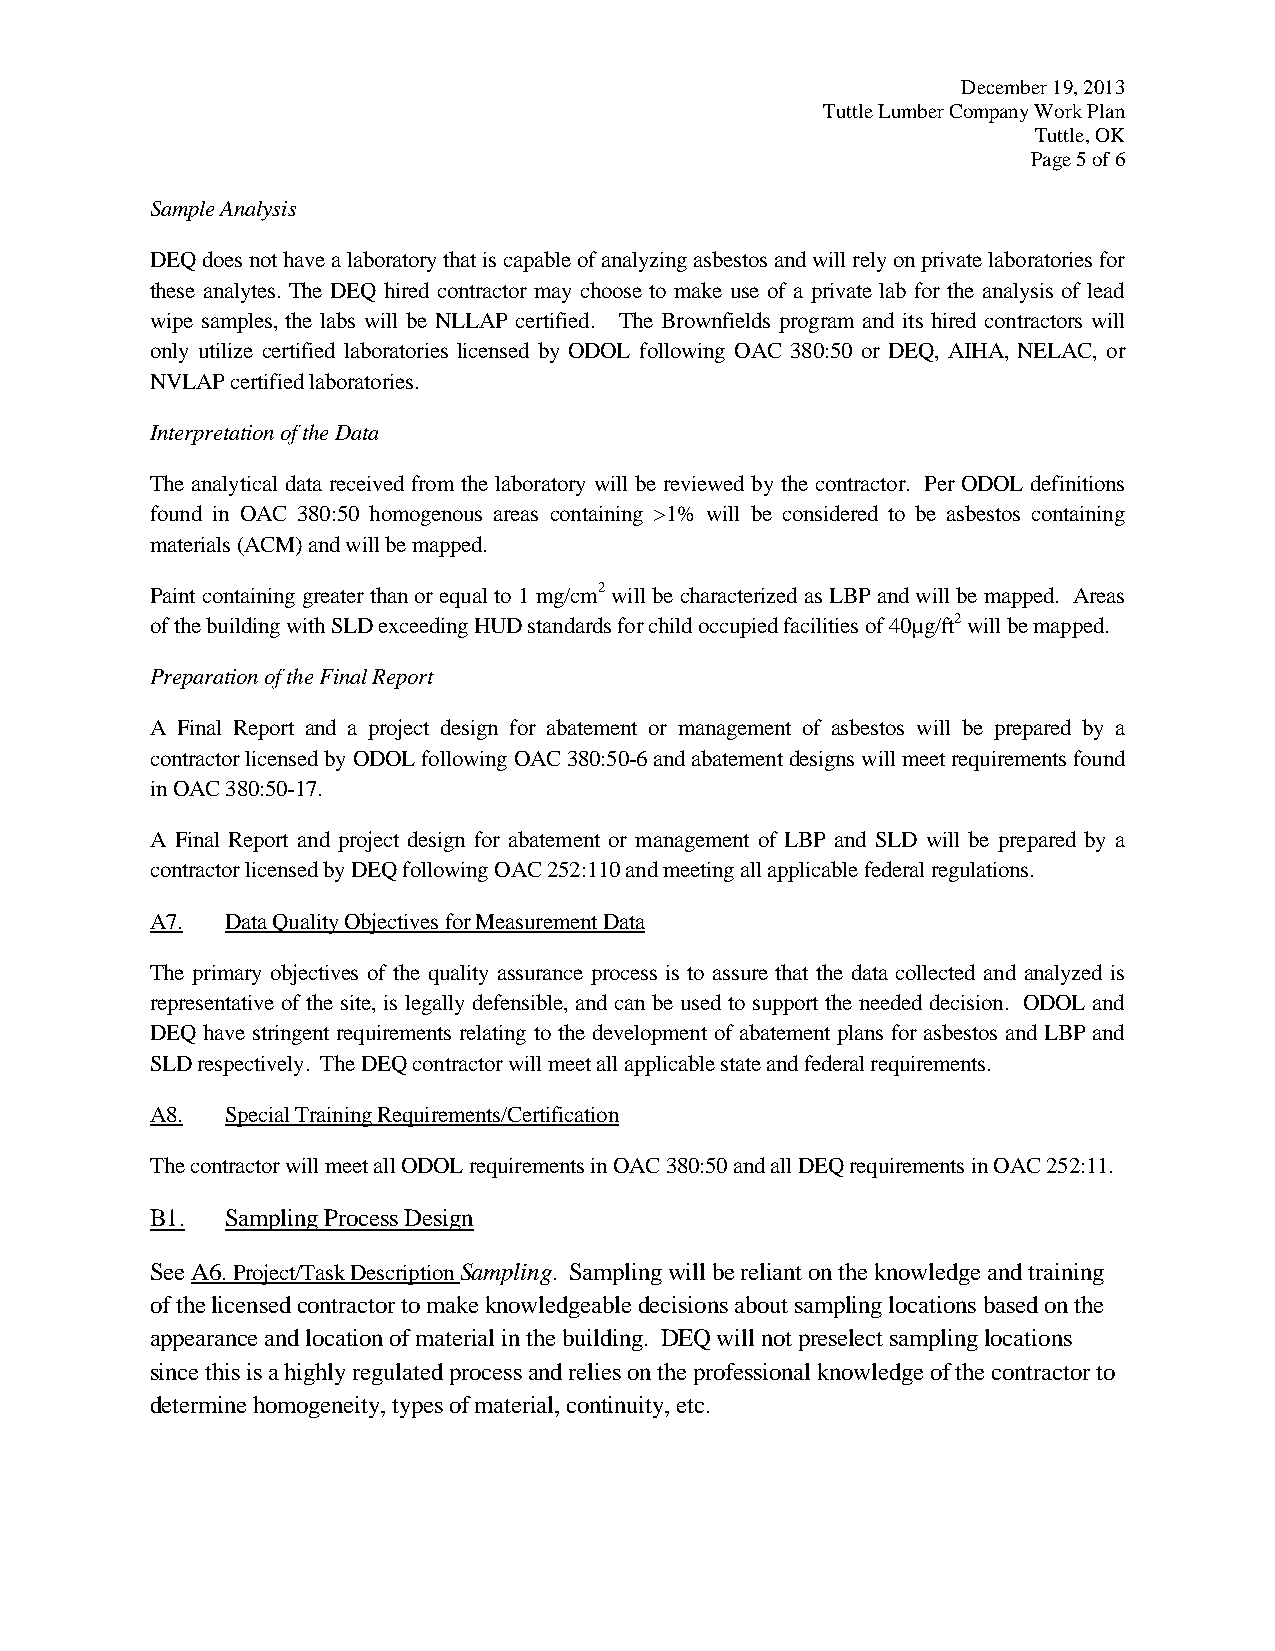
December 19, 2013
 Tuttle Lumber Company Work Plan
 Tuttle, OK
 Page 5 of 6
 Sample Analysis
 DEQ does not have a laboratory that is capable of analyzing asbestos and will rely on private laboratories for
 these analytes. The DEQ hired contractor may choose to make use of a private lab for the analysis of lead
 wipe samples, the labs will be NLLAP certified. The Brownfields program and its hired contractors will
 only utilize certified laboratories licensed by ODOL following OAC 380:50 or DEQ, AIHA, NELAC, or
 NVLAP certified laboratories.
 Interpretation of the Data
 The analytical data received from the laboratory will be reviewed by the contractor. Per ODOL definitions
 found in OAC 380:50 homogenous areas containing >1% will be considered to be asbestos containing
 materials (ACM) and will be mapped.
 Paint containing greater than or equal to 1 mg/cm2 will be characterized as LBP and will be mapped. Areas
 of the building with SLD exceeding HUD standards for child occupied facilities of 40µg/ft2 will be mapped.
 Preparation of the Final Report
 A Final Report and a project design for abatement or management of asbestos will be prepared by a
 contractor licensed by ODOL following OAC 380:50-6 and abatement designs will meet requirements found
 in OAC 380:50-17.
 A Final Report and project design for abatement or management of LBP and SLD will be prepared by a
 contractor licensed by DEQ following OAC 252:110 and meeting all applicable federal regulations.
 A7.  Data Quality Objectives for Measurement Data
 The primary objectives of the quality assurance process is to assure that the data collected and analyzed is
 representative of the site, is legally defensible, and can be used to support the needed decision. ODOL and
 DEQ have stringent requirements relating to the development of abatement plans for asbestos and LBP and
 SLD respectively. The DEQ contractor will meet all applicable state and federal requirements.
 A8.  Special Training Requirements/Certification
 The contractor will meet all ODOL requirements in OAC 380:50 and all DEQ requirements in OAC 252:11.
 B1.  Sampling Process Design
 See A6. Project/Task Description Sampling. Sampling will be reliant on the knowledge and training
 of the licensed contractor to make knowledgeable decisions about sampling locations based on the
 appearance and location of material in the building. DEQ will not preselect sampling locations
 since this is a highly regulated process and relies on the professional knowledge of the contractor to
 determine homogeneity, types of material, continuity, etc.